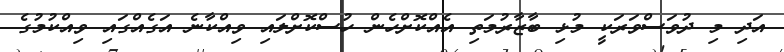
އަދި މި ދުވަސްވަރަކީ މުޅި ބާޒާރުމަތި އެއްކޮށްހެން ހުސްކޮށްލައި ވިއްކާނެ އަގެއްގައި ވިއްކުމުގެ